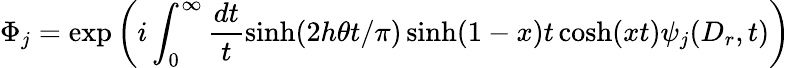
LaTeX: \Phi_{j}=\exp\left(i\int_{0}^{\infty}\frac{dt}{t}\sinh(2h\theta t/\pi)\sinh(1-x)t\cosh(xt)\psi_{j}(D_{r},t)\right)